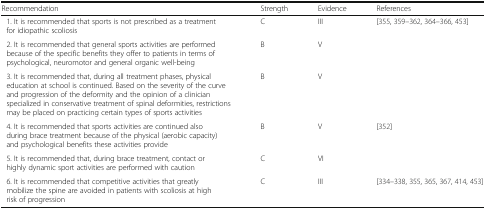
<table><thead><tr><td><b>Recommendation</b></td><td><b>Strength</b></td><td><b>Evidence</b></td><td><b>References</b></td></tr></thead><tbody><tr><td> 1. It is recommended that sports is not prescribed as a treatment for idiopathic scoliosis</td><td>C</td><td>III</td><td>[355, 359–362, 364–366, 453]</td></tr><tr><td> 2. It is recommended that general sports activities are performed because of the specific benefits they offer to patients in terms of psychological, neuromotor and general organic well-being</td><td>B</td><td>V</td><td></td></tr><tr><td> 3. It is recommended that, during all treatment phases, physical education at school is continued. Based on the severity of the curve and progression of the deformity and the opinion of a clinician specialized in conservative treatment of spinal deformities, restrictions may be placed on practicing certain types of sports activities</td><td>B</td><td>V</td><td></td></tr><tr><td> 4. It is recommended that sports activities are continued also during brace treatment because of the physical (aerobic capacity) and psychological benefits these activities provide</td><td>B</td><td>V</td><td>[352]</td></tr><tr><td> 5. It is recommended that, during brace treatment, contact or highly dynamic sport activities are performed with caution</td><td>C</td><td>VI</td><td></td></tr><tr><td> 6. It is recommended that competitive activities that greatly mobilize the spine are avoided in patients with scoliosis at high risk of progression</td><td>C</td><td>III</td><td>[334–338, 355, 365, 367, 414, 453]</td></tr></tbody></table>